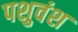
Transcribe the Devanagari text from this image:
पशुवंश